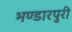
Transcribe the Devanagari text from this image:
भण्डारपुरी